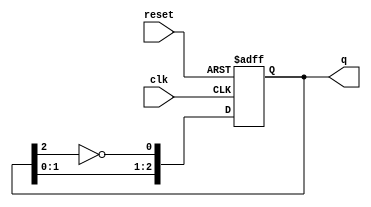
module JohnsonCounter #(parameter N = 3) (
    input wire clk,           // Clock signal
    input wire reset,         // Asynchronous reset
    output reg [N-1:0] q      // Counter output
);

// Internal signal for the feedback
wire feedback;

// Assign the feedback signal to the inverted output of the last flip-flop
assign feedback = ~q[N-1];

// Sequential logic for the Johnson counter
always @(posedge clk or posedge reset) begin
    if (reset) begin
        // On reset, set all flip-flops to 0
        q <= 0;
    end else begin
        // Shift the state and feed back the inverted output of the last flip-flop
        q <= {q[N-2:0], feedback};
    end
end

endmodule